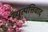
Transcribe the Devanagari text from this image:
व्युत्पत्तिवाद